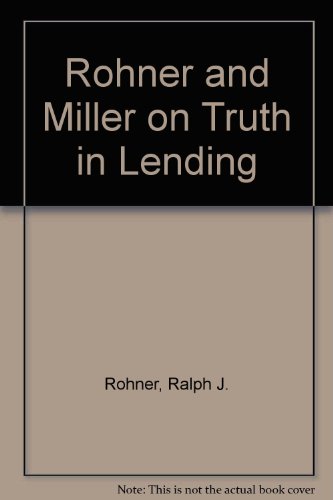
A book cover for Rohner and Miller on Truth in Lending; Ralph J. Rohner; Business & Money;